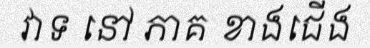
វាទ នៅ ភាគ ខាងជើង